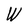
Character: W